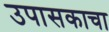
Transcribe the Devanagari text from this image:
उपासकाचा